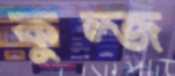
কুল্জ